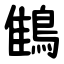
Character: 䳡